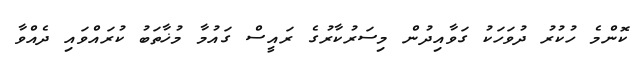
ކޮންމެ ހުކުރު ދުވަހަކު ގަވާއިދުން މިސަރުކާރުގެ ރައީސް ގައުމާ މުޚާތަބު ކުރައްވައި ދެއްވާ